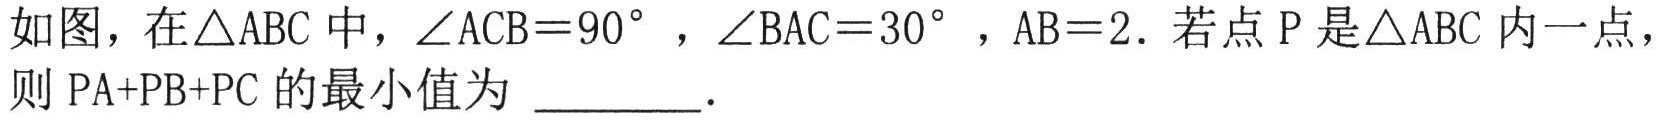
如图，在\(\triangle ABC\)中，\(\angle ACB = 90^{\circ}\)，\(\angle BAC = 30^{\circ}\)，\(AB = 2\). 若点\(P\)是\(\triangle ABC\)内一点，
则\(PA + PB + PC\)的最小值为 \(\underline{\quad\quad}\).